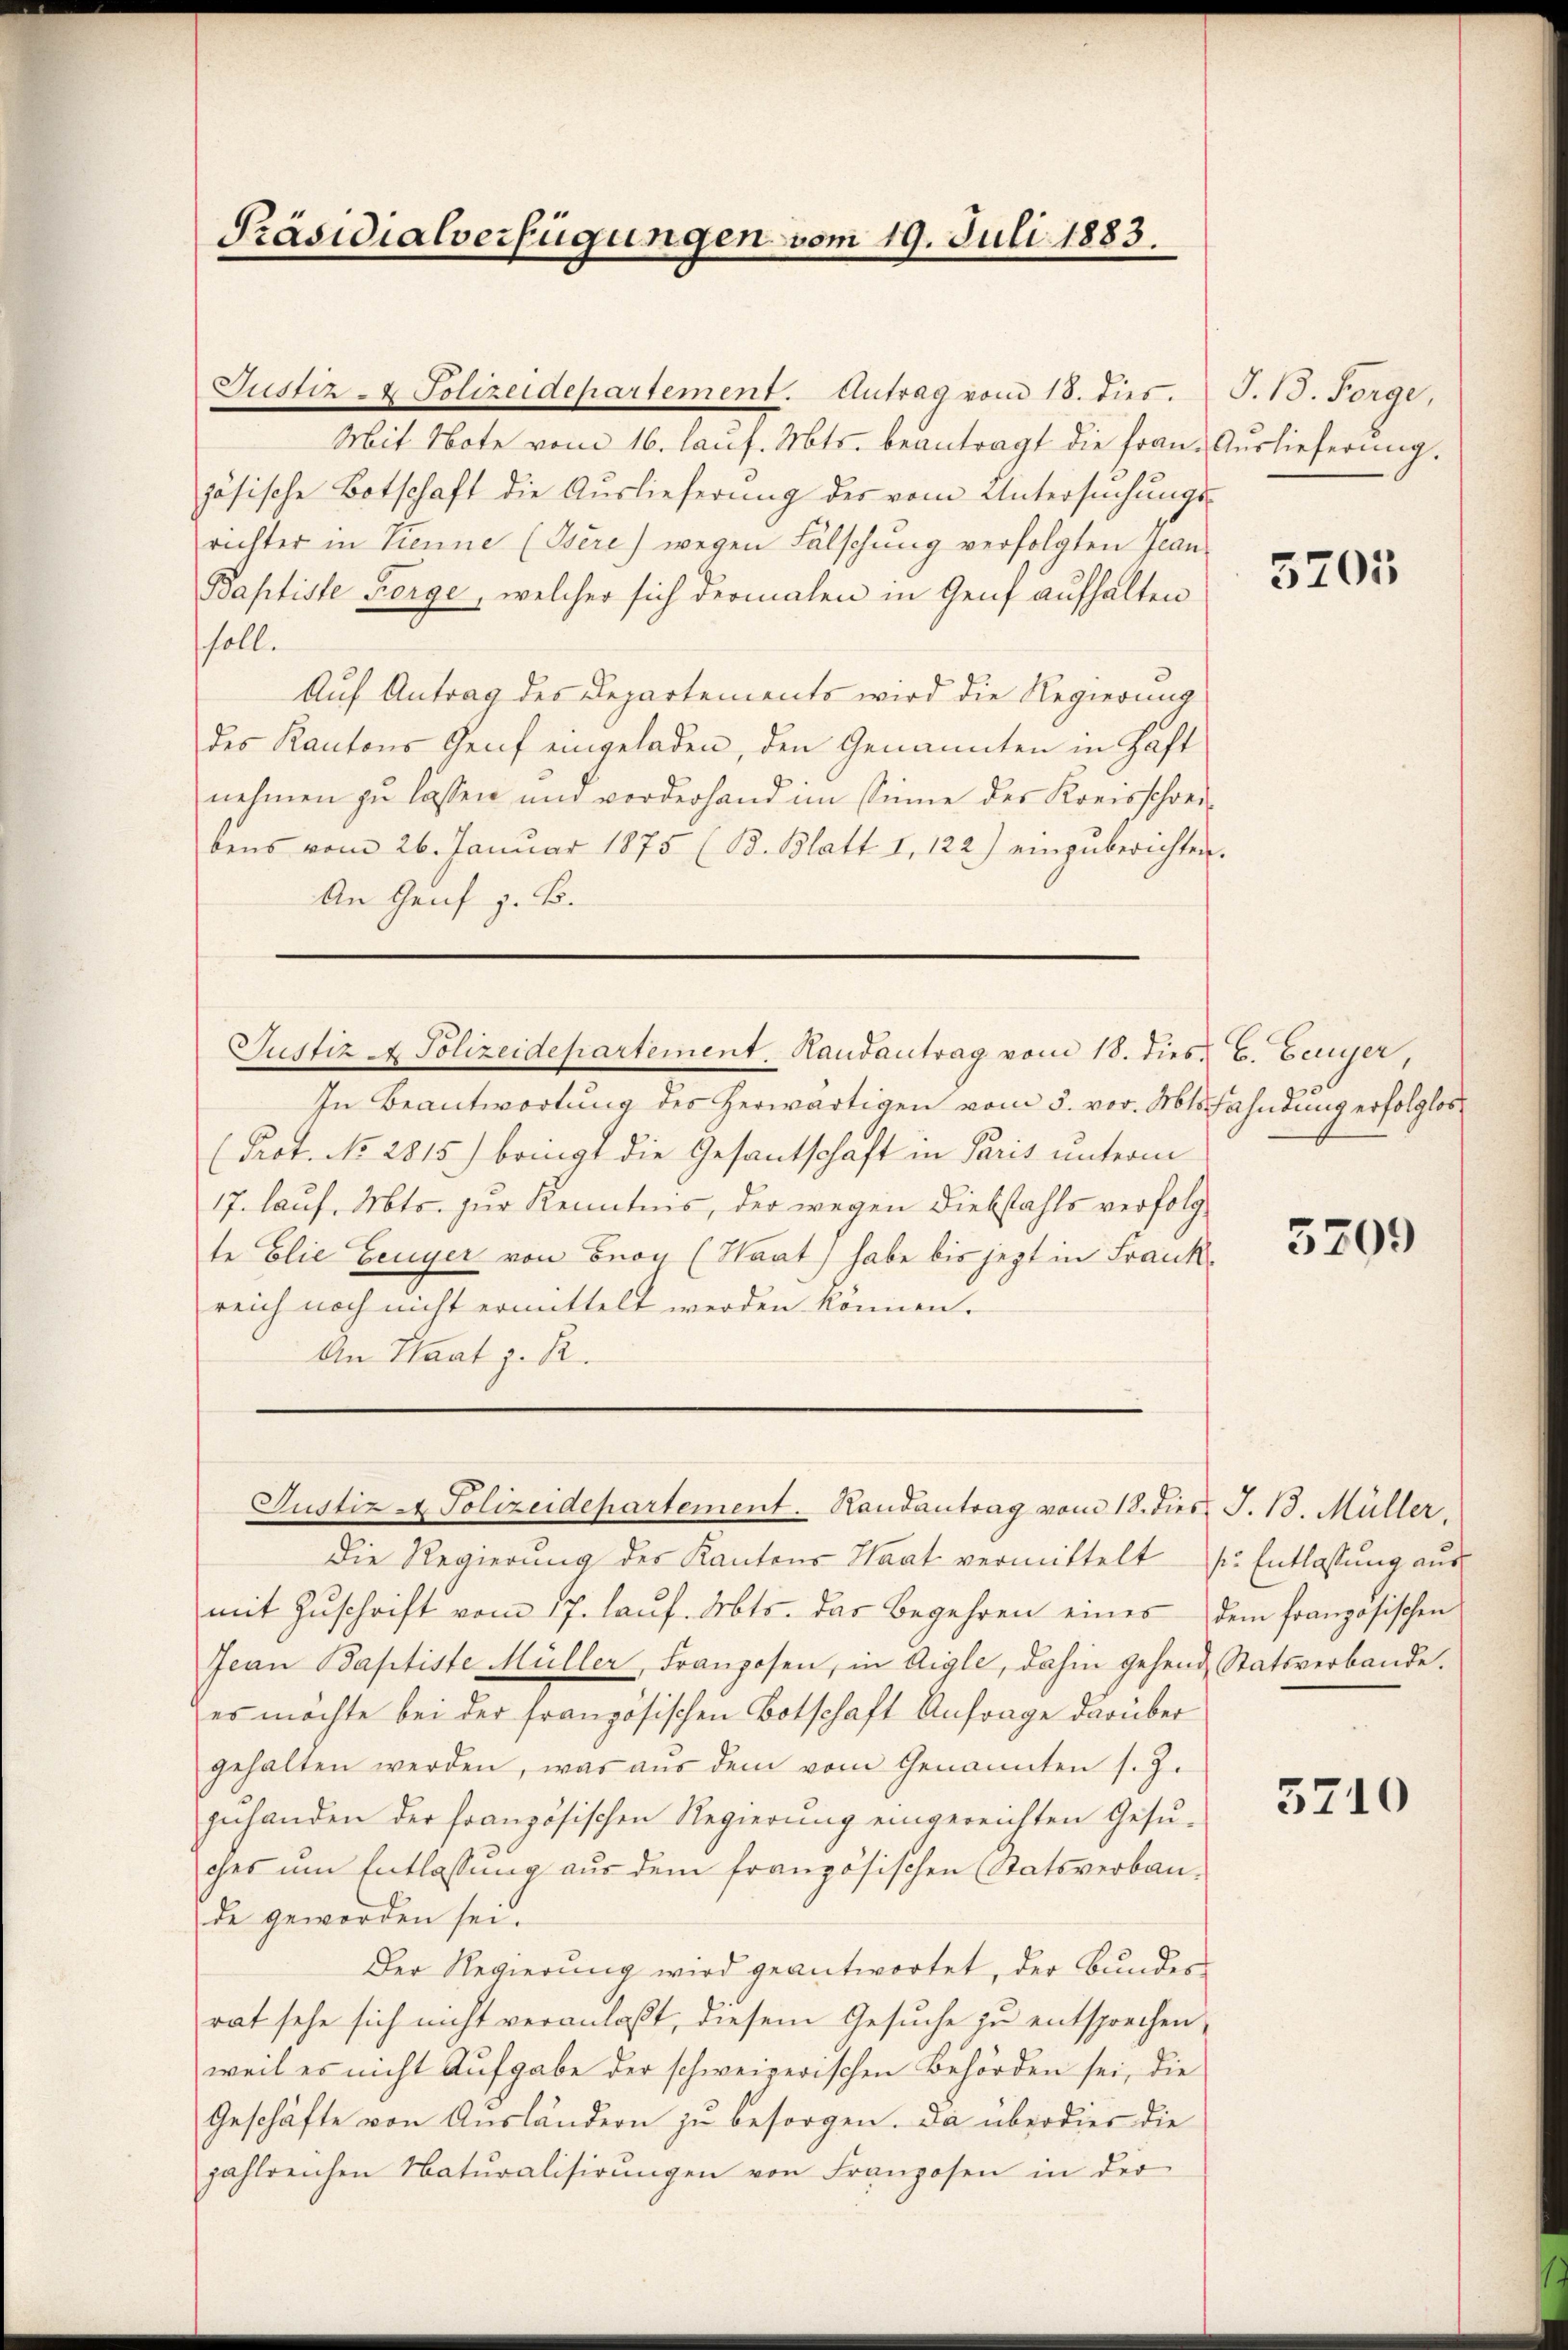
Mit Note vom 16. laŭf. Mts. beantragt die Frau. Auslieferung.
zösische Botschaft die Auslieferŭng der vom Untersŭchŭngs-
richter in Kenne (Isére) wegen Fälschung verfolgten Jean
Baptiste Berge, welcher sich dermalen in Genf aufhalten
soll.
Auf Antrag des Departements wird die Regierung
des Kantons Genf eingeladen, den Genannten in Haft
nehmen zu lassen und vorderhand im Sinne des Kreisschreibens vom 26. Janŭar 1875 (Bd. Blatt. I. 122) einzŭberichten.
An Genf z. B.

Präsidialverfügungen vom 19. Juli 1883.

Justiz- & Polizeidepartement. Antrag vom 18. dies.

Justiz - Polizeidepartement. Handantrag vom 18. dies 6. Feyer,

Die Regierŭng des Kantons Haat vermittelt s. Entlassŭng aŭs
mit Zŭschrift vom 17. laŭf. Mts. das Begehren eines dem französischen
Jean Baptiste Müller, Franzosen, in Aigle, dahin gehend Statsverbande.
es möchte bei der französischen Botschaft Anfrage darüber
gehalten werden, was aŭs dem vom Genannten s. Z.
zŭhanden der französischen Regierŭng eingereichten Gesŭ-
ches um Entlassung aus dem französischen Statsverbaude geworden sei.
Der Regierung wird geantwortet, der Bundes-
rat sehe sich nicht veranlaßt, diesem Gesuche zu entsprechen,
weil es nicht Aufgabe der schweizerischen Behörden sei, die
Geschäfte von Ausländern zu besorgen. Da über dies die
jahlreichen Natŭralisirŭngen von Franzosen in der

In Beantwortung des herwärtigen vom 5. vor. Mts. Fahndung erfolglos
(Prot. No. 2815) bringt die Gesantschaft in Paris unterm
17. lauf, Mts. zur Kenntnis, der wegen Diebstahls verfolgte Elie Feuyer von Bron (Waat) habe bis jezt in Frankreich noch nicht ermittelt werden können.
An Staat z. B.

Justiz - Polizeidepartement. Randantrag vom 18. dies J. 13. Müller,

S. 13. Forge,

5205

5209

5710